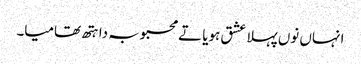
انہاں نوں پہلا عشق ہویا تے محبوبہ دا ہتھ تھامیا۔